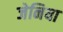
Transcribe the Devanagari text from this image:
जेनिया